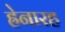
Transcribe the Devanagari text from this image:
ह्रेनारह